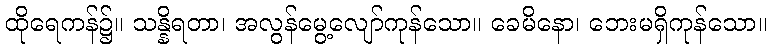
ထိုရေကန်၌။ သန္နိရတာ၊ အလွန်မွေ့လျော်ကုန်သော။ ခေမိနော၊ ဘေးမရှိကုန်သော။